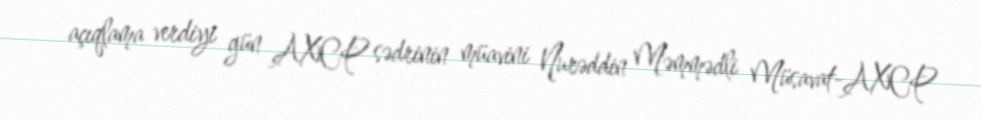
açıqlama verdiyi gün AXCP sədrinin müavini Nurəddin Məmmədli Müsavat-AXCP